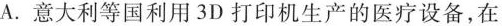
A.意大利等国利用3D打印机生产的医疗设备,在